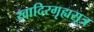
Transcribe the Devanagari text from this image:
खादिरगृह्यसूत्र